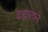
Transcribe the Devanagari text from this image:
दह्यातले